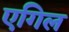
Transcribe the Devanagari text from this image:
एगिल